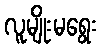
လူမျိုးမရွေး